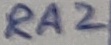
Text: RA2